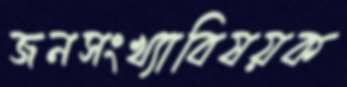
জনসংখ্যাবিষয়ক